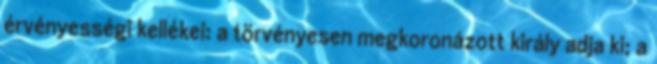
érvényességi kellékei: a törvényesen megkoronázott király adja ki; a